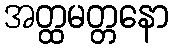
အတ္ထမတ္တနော